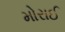
મોરાઈ